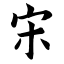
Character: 宋